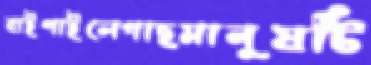
বাইপাইলেগাছমানুষটি